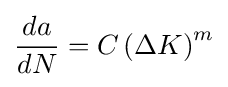
{da \over dN}=C\left(\Delta K\right)^{m}